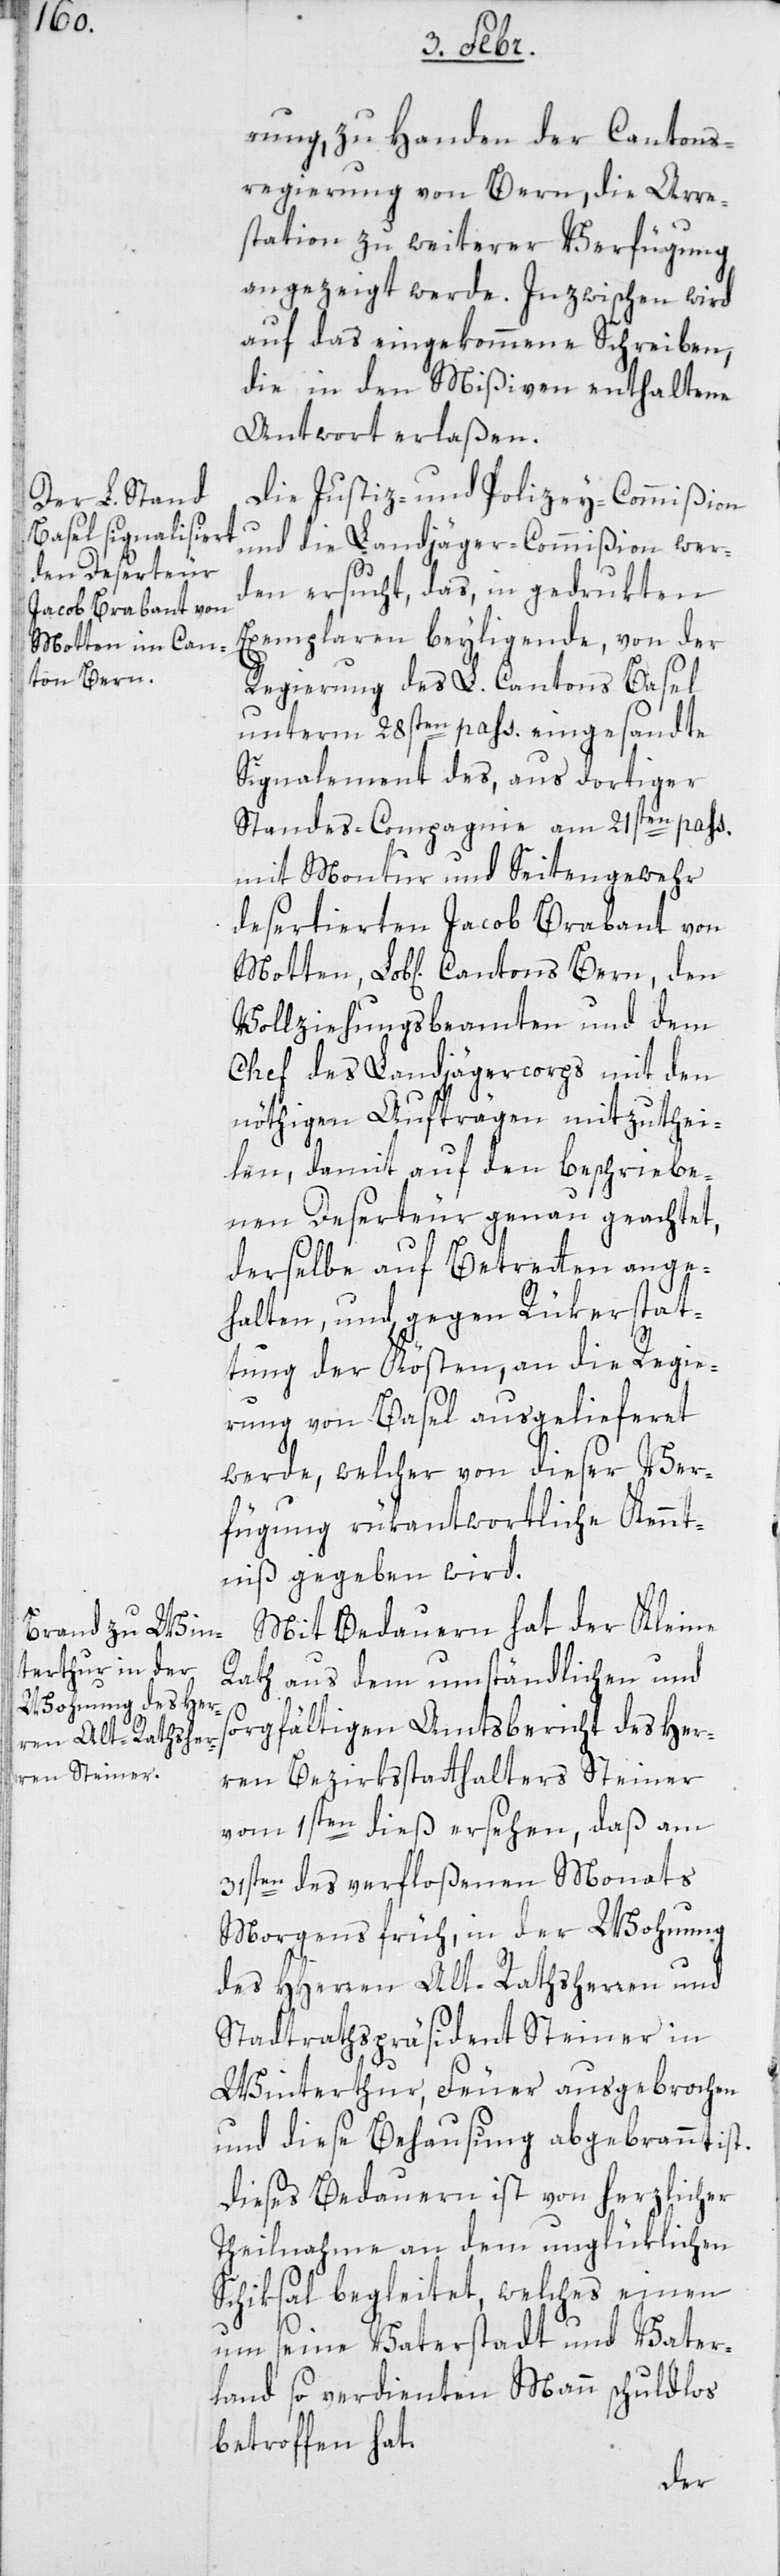
rung zu Handen der Cantons¬
regierung von Bern, die Arre¬
station zu weiterer Verfügung
angezeigt werde. Inzwischen wird
auf das eingekommene Schreiben,
die in den Mißiven enthaltene
Antwort erlaßen.
Die Justiz- und Polizey-Commißion
und die Landjäger-Commißion wer¬
den ersucht, das, in gedrukten
Exemplaren beiliegende, von der
Regierung des L. Cantons Basel
unterm 28sten pass. eingesandte
Signalement des, aus dortiger
Standes-Compagnie am 21sten pass.
mit Montur und Seitengewehr
desertierten Jacob Brabant von
Vollziehungsbeamten und dem
Chef des Landjägercorps mit den
nöthigen Aufträgen mitzuthei¬
len, damit auf den beschriebe¬
nen Deserteur genau geachtet,
derselbe auf Betreten ange¬
halten, und gegen Rükerstat¬
tung der Kösten, an die Regie¬
rung von Basel ausgelieferet
werde, welcher von dieser Ver¬
fügung rükantwortliche Kennt¬
niß gegeben wird.
Mit Bedauern hat der Kleine
Rath aus dem umständlichen und
sorgfältigen Amtsbericht des Her¬
ren Bezirksstatthalters Steiner
vom 1sten dieß ersehen, daß am
31sten des verfloßenen Monats
morgens früh, in der Wohnung
des HHerren Alt-Rathsherren und
Stadtrathspräsident Steiner in
Winterthur, Feuer ausgebrochen
und diese Behausung abgebrannt ist.
Dieses Bedauern ist von herzlicher
Teilnahme an dem unglüklichen
Schiksal begleitet, welches einen
um seine Vaterstadt und Vater¬
land so verdienten Mann schuldlos
betroffen hat.
den